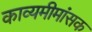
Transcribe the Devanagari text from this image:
काव्यमीमांसक